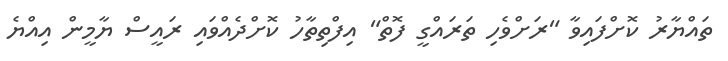
ތައްޔާރު ކޮށްފައިވާ "ރަށްވެހި ތަރައްގީ ފޮތް" އިފްތިތާހު ކޮށްދެއްވައި ރައީސް ޔާމީން އިއްޔެ